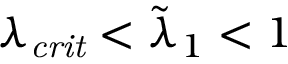
\lambda _ { \mathit { c r i t } } < \tilde { \lambda } _ { 1 } < 1